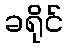
ခရိုင်